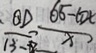
\frac { Q D } { 1 3 - 8 } \frac { 6 5 - 6 0 x } { x }